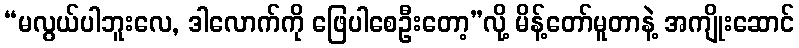
“မလွယ်ပါဘူးလေ, ဒါလောက်ကို ဖြေပါစေဦးတော့”လို့ မိန့်တော်မူတာနဲ့ အကျိုးဆောင်